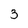
Character: 3